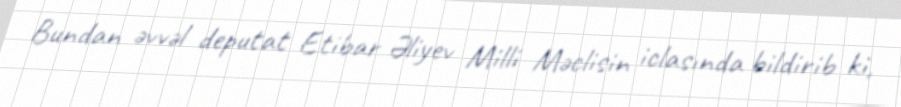
Bundan əvvəl deputat Etibar Əliyev Milli Məclisin iclasında bildirib ki,